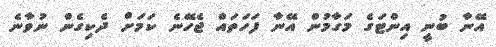
އޭނާ ބުނީ އިންޓަގެ މަގާމުން އޭނާ ފަހަތައް ޖެހޭނެ ކަމަށް ދެކިގެން ނުވާނެ